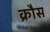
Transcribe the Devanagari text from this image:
क्रौस